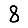
Digit: 8